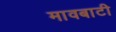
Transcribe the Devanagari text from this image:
मावबाटी